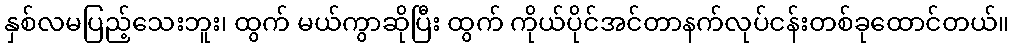
နှစ်လမပြည့်သေးဘူး၊ ထွက် မယ်ကွာဆိုပြီး ထွက် ကိုယ်ပိုင်အင်တာနက်လုပ်ငန်းတစ်ခုထောင်တယ်။